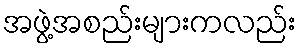
အဖွဲ့အစည်းများကလည်း